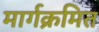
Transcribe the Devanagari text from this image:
मार्गक्रमित